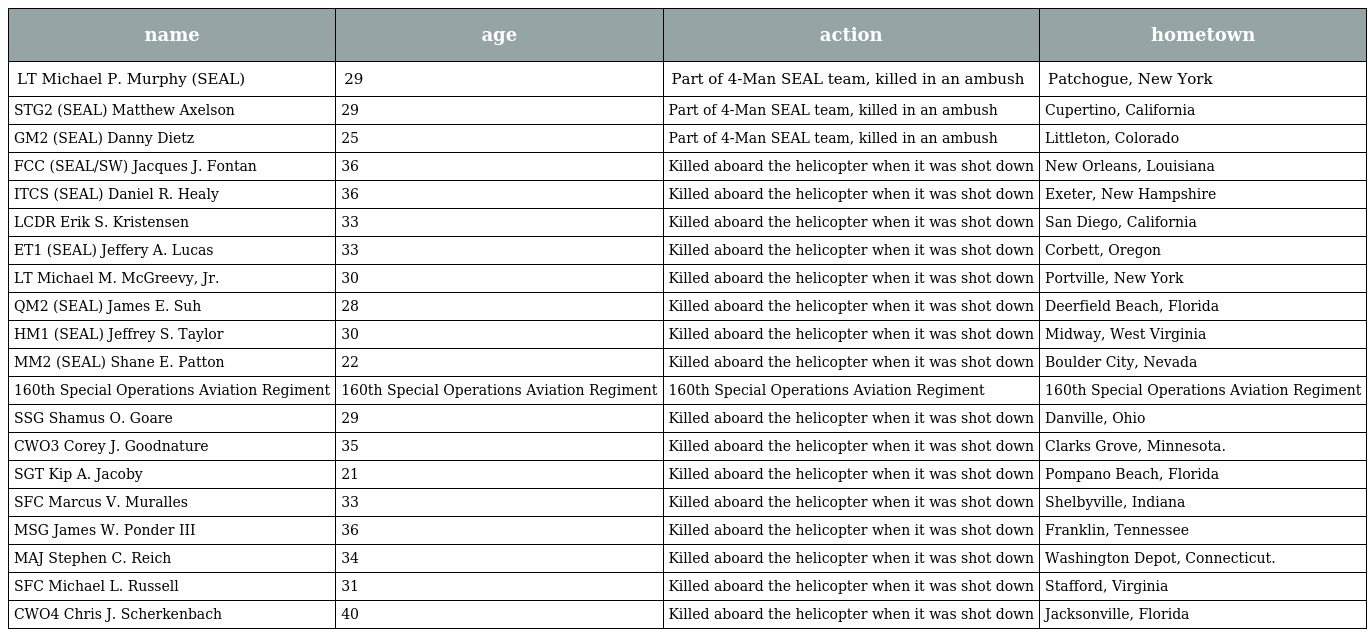
| name | age | action | hometown |
 | --- | --- | --- | --- |
 | LT Michael P. Murphy (SEAL) | 29 | Part of 4-Man SEAL team, killed in an ambush | Patchogue, New York |
 | STG2 (SEAL) Matthew Axelson | 29 | Part of 4-Man SEAL team, killed in an ambush | Cupertino, California |
 | GM2 (SEAL) Danny Dietz | 25 | Part of 4-Man SEAL team, killed in an ambush | Littleton, Colorado |
 | FCC (SEAL/SW) Jacques J. Fontan | 36 | Killed aboard the helicopter when it was shot down | New Orleans, Louisiana |
 | ITCS (SEAL) Daniel R. Healy | 36 | Killed aboard the helicopter when it was shot down | Exeter, New Hampshire |
 | LCDR Erik S. Kristensen | 33 | Killed aboard the helicopter when it was shot down | San Diego, California |
 | ET1 (SEAL) Jeffery A. Lucas | 33 | Killed aboard the helicopter when it was shot down | Corbett, Oregon |
 | LT Michael M. McGreevy, Jr. | 30 | Killed aboard the helicopter when it was shot down | Portville, New York |
 | QM2 (SEAL) James E. Suh | 28 | Killed aboard the helicopter when it was shot down | Deerfield Beach, Florida |
 | HM1 (SEAL) Jeffrey S. Taylor | 30 | Killed aboard the helicopter when it was shot down | Midway, West Virginia |
 | MM2 (SEAL) Shane E. Patton | 22 | Killed aboard the helicopter when it was shot down | Boulder City, Nevada |
 | 160th Special Operations Aviation Regiment | 160th Special Operations Aviation Regiment | 160th Special Operations Aviation Regiment | 160th Special Operations Aviation Regiment |
 | SSG Shamus O. Goare | 29 | Killed aboard the helicopter when it was shot down | Danville, Ohio |
 | CWO3 Corey J. Goodnature | 35 | Killed aboard the helicopter when it was shot down | Clarks Grove, Minnesota. |
 | SGT Kip A. Jacoby | 21 | Killed aboard the helicopter when it was shot down | Pompano Beach, Florida |
 | SFC Marcus V. Muralles | 33 | Killed aboard the helicopter when it was shot down | Shelbyville, Indiana |
 | MSG James W. Ponder III | 36 | Killed aboard the helicopter when it was shot down | Franklin, Tennessee |
 | MAJ Stephen C. Reich | 34 | Killed aboard the helicopter when it was shot down | Washington Depot, Connecticut. |
 | SFC Michael L. Russell | 31 | Killed aboard the helicopter when it was shot down | Stafford, Virginia |
 | CWO4 Chris J. Scherkenbach | 40 | Killed aboard the helicopter when it was shot down | Jacksonville, Florida |